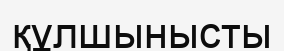
құлшынысты